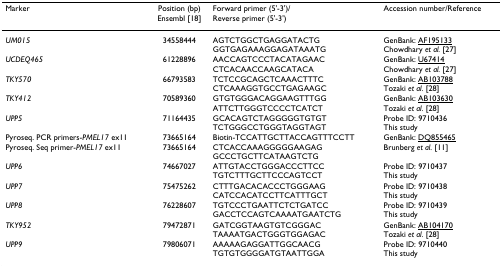
| Marker | Position (bp)Ensembl [18] | Forward primer (5'-3')/Reverse primer (5'-3') | Accession number/Reference |
 | --- | --- | --- | --- |
 | UM015 | 34558444 | AGTCTGGCTGAGGATACTGGGTGAGAAAGGAGATAAATG | GenBank: AF195133Chowdhary et al. [27] |
 | UCDEQ465 | 61228896 | AACCAGTCCCTACATAGAACCTCACAACCAAGCATACA | GenBank: U67414Chowdhary et al. [27] |
 | TKY570 | 66793583 | TCTCCGCAGCTCAAACTTTCCTCAAAGGTGCCTGAGAAGC | GenBank: AB103788Tozaki et al. [28] |
 | TKY412 | 70589360 | GTGTGGGACAGGAAGTTTGGATTCTTGGGTCCCCTCATCT | GenBank: AB103630Tozaki et al. [28] |
 | UPP5 | 71164435 | GCACAGTCTAGGGGGTGTGTTCTGGGCCTGGGTAGGTAGT | Probe ID: 9710436This study |
 | Pyroseq. PCR primers-PMEL17 ex11Pyroseq. Seq primer-PMEL17 ex11 | 7366516473665164 | Biotin-TCCATTGCTTACCAGTTTCCTTCTCACCAAAGGGGGAAGAGGCCCTGCTTCATAAGTCTG | GenBank: DQ855465Brunberg et al. [11] |
 | UPP6 | 74667027 | ATTGTACCTGGGACCCTTCCTGTCTTTGCTTCCCAGTCCT | Probe ID: 9710437This study |
 | UPP7 | 75475262 | CTTTGACACACCCTGGGAAGCATCCACATCCTTCATTTGCT | Probe ID: 9710438This study |
 | UPP8 | 76228607 | TGTCCCTGAATTCTCTGATCCGACCTCCAGTCAAAATGAATCTG | Probe ID: 9710439This study |
 | TKY952 | 79472871 | GATCGGTAAGTGTCGGGACTAAAATGACTGGGTGGAGAC | GenBank: AB104170Tozaki et al. [28] |
 | UPP9 | 79806071 | AAAAAGAGGATTGGCAACGTGTGTGGGGATGTAATTGGA | Probe ID: 9710440This study |